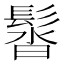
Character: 𩭣